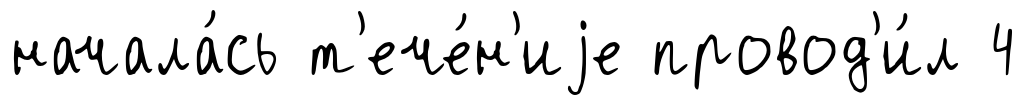
начала́сь т'ече́н'иjе провод'и́л 4